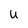
Character: U